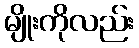
မျိုးကိုလည်း